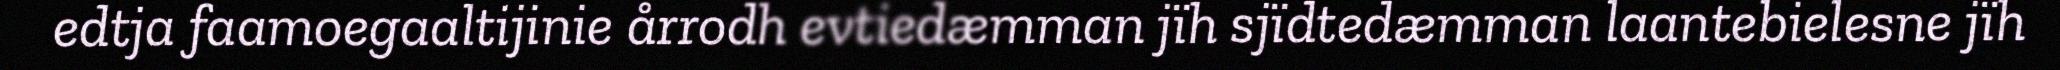
edtja faamoegaaltijinie årrodh evtiedæmman jïh sjïdtedæmman laantebielesne jïh